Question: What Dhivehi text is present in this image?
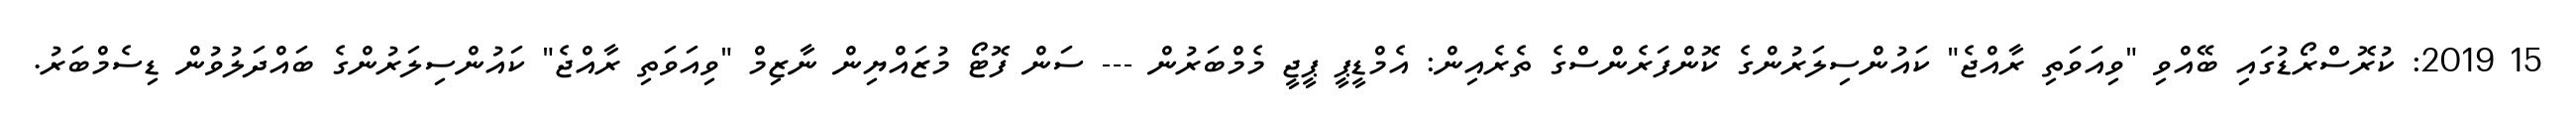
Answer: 15 2019: ކުރޮސްރޯޑުގައި ބޭއްވި "ވިއަވަތި ރާއްޖެ" ކައުންސިލަރުންގެ ކޮންފަރެންސްގެ ތެރެއިން: އެމްޑީޕީ ޕީޖީ މެމްބަރުން --- ސަން ފޮޓޯ މުޒައްޔިން ނާޒިމް "ވިއަވަތި ރާއްޖެ" ކައުންސިލަރުންގެ ބައްދަލުވުން ޑިސެމްބަރު.